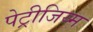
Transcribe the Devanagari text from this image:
पेट्रीजिय्म